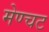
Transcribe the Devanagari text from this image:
मेण्चट